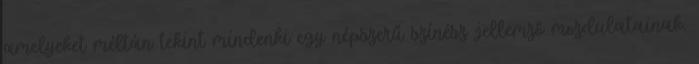
amelyeket méltán tekint mindenki egy népszerű színész jellemző mozdulatainak.